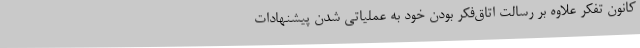
کانون تفکر علاوه بر رسالت اتاق‌فکر بودن خود به عملیاتی شدن پیشنهادات